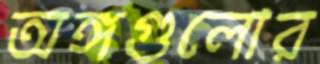
অঙ্গগুলোর